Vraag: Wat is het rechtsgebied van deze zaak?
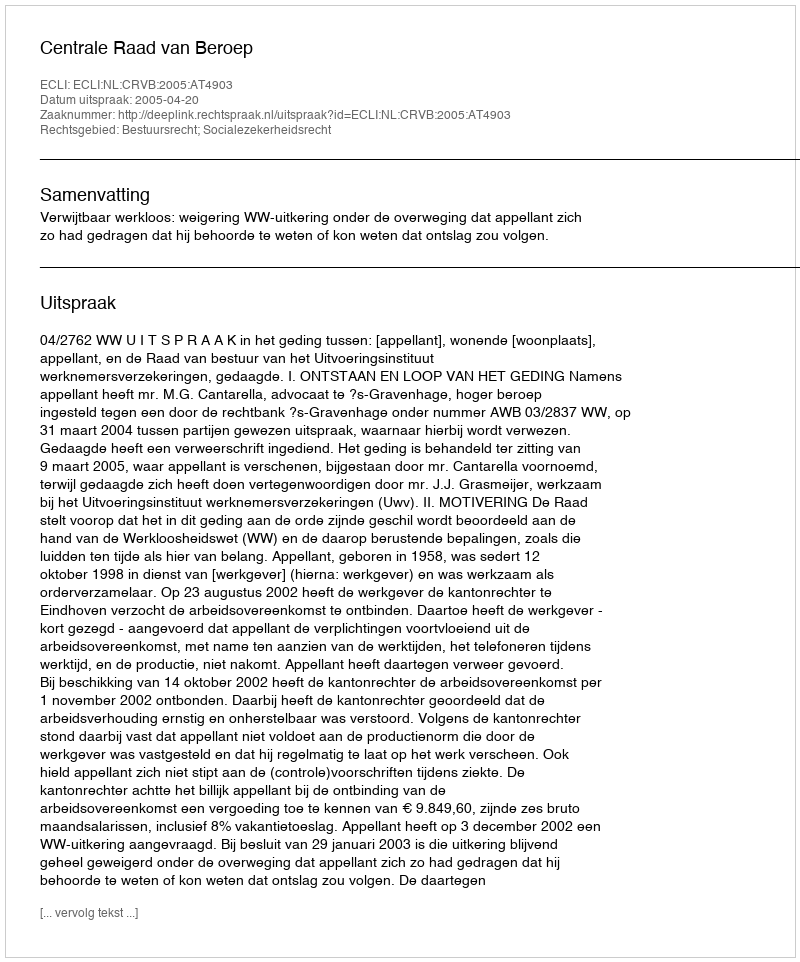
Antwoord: Bestuursrecht; Socialezekerheidsrecht